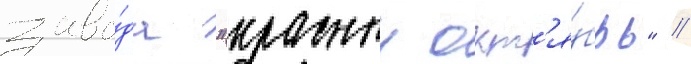
заво́да "красныи окт'я́брь" //